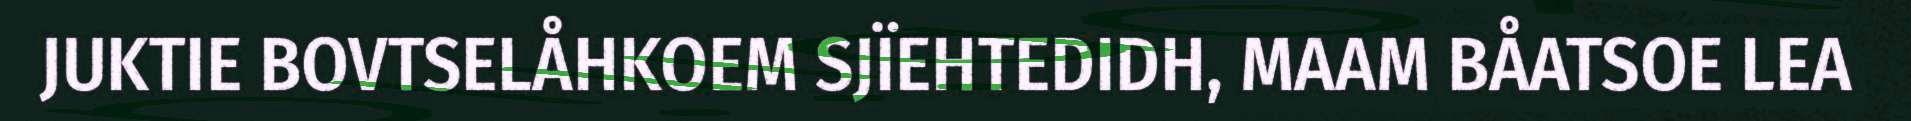
JUKTIE BOVTSELÅHKOEM SJÏEHTEDIDH, MAAM BÅATSOE LEA